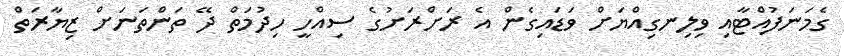
ގެމަނަފުއްޓާއި ވިލިނގިއްޔަށް ވަޑައިގެން އެ ރަށްރަށުގެ ސިއްހީ ހިދުމަތް ދޭ ތަންތަނަށް ޒިޔާރަތް